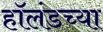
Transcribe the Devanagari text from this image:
हॉलंडच्या